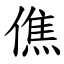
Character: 僬